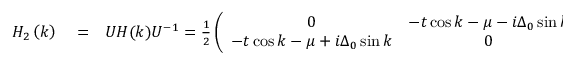
\begin{array} { r l r } { H _ { 2 } \left( k \right) } & { { } = } & { U H ( k ) U ^ { - 1 } = \frac { 1 } { 2 } \left( \begin{array} { c c } { 0 } & { - t \cos k - \mu - i \Delta _ { 0 } \sin k } \\ { - t \cos k - \mu + i \Delta _ { 0 } \sin k } & { 0 } \end{array} \right) } \end{array}